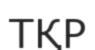
ТҚР